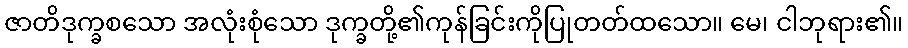
ဇာတိဒုက္ခစသော အလုံးစုံသော ဒုက္ခတို့၏ကုန်ခြင်းကိုပြုတတ်ထသော။ မေ၊ ငါဘုရား၏။